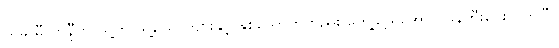
ယခု မီလာနီက သူ့ကို သူ့ယောကျ်ားနှင့် နှစ်ယောက်တည်း တွေ့ခွင့်ရအောင် ဖန်တီးပေးလိုက်ပြီ။